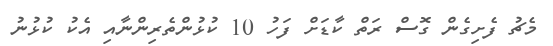
މެޗު ފެށިގެން ގޮސް ރަތް ކާޑަށް ފަހު 10 ކުޅުންތެރިންނާއި އެކު ކުޅުނު